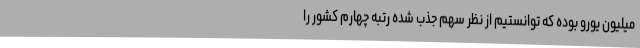
میلیون یورو بوده که توانستیم از نظر سهم جذب شده رتبه چهارم کشور را